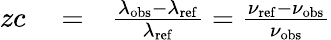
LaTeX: \begin{array}{rlr}{zc}&{{}=}&{\frac{\lambda_{\mathrm{obs}}-\lambda_{\mathrm{ref}}}{\lambda_{\mathrm{ref}}}=\frac{\nu_{\mathrm{ref}}-\nu_{\mathrm{obs}}}{\nu_{\mathrm{obs}}}}\end{array}